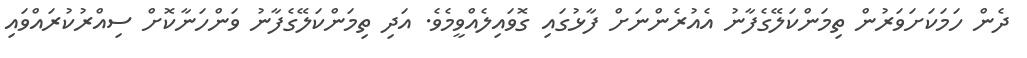
ދެން ހަމަކަށަވަރުން ތިމަންކަލޭގެފާނު އެއުރެންނަށް ފާޅުގައި ގޮވައިލެއްވީމެވެ. އަދި ތިމަންކަލޭގެފާނު ވަންހަނާކޮށް ސިއްރުކުރައްވައި